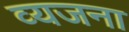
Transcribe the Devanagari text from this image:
व्यजना